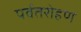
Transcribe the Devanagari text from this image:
पर्वतरोहण